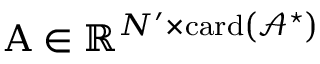
\boldsymbol { \mathrm { A } } \in \mathbb { R } ^ { N ^ { \prime } \times \operatorname { c a r d } \left( \mathcal { A } ^ { \star } \right) }